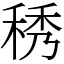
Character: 䅎